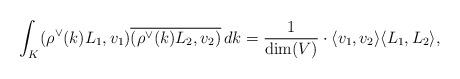
LaTeX: \begin{align*}\int_{K} ( \rho^\vee(k) L_1, v_1 ) \overline{( \rho^\vee (k) L_2, v_2 )} \,dk = \frac{1}{\dim(V)} \cdot \langle v_1,v_2 \rangle \langle L_1,L_2 \rangle,\end{align*}